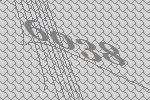
6038